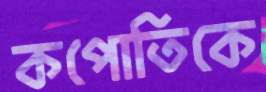
কপোতিকে